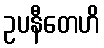
ဥပနီတေဟိ